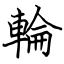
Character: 輪